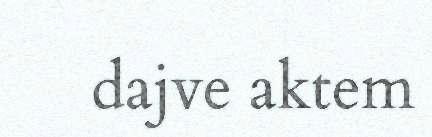
dajve aktem